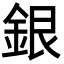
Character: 銀